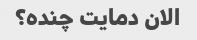
الان دمایت چنده؟